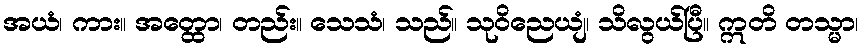
အယံ၊ ကား။ အတ္ထော၊ တည်း။ သေသံ၊ သည်။ သုဝိညေယျံ၊ သိလွယ်ပြီ။ ဣတိ တသ္မာ၊